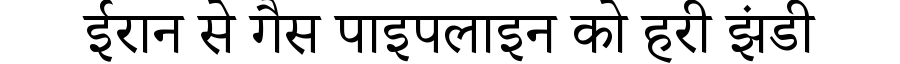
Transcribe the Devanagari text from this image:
ईरान से गैस पाइपलाइन को हरी झंडी